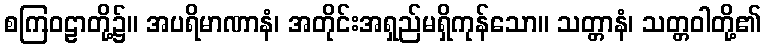
စကြဝဠာတို့၌။ အပရိမာဏာနံ၊ အတိုင်းအရှည်မရှိကုန်သော။ သတ္တာနံ၊ သတ္တဝါတို့၏